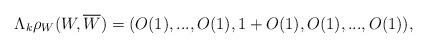
LaTeX: \begin{align*}\Lambda_{k}\rho_{W}(W, \overline{W})=(O(1), ..., O(1), 1+O(1), O(1), ..., O(1)), \end{align*}